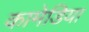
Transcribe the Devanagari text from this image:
कामेडिया